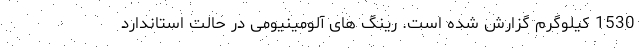
1530 کیلوگرم گزارش شده است. رینگ های آلومینیومی در حالت استاندارد